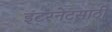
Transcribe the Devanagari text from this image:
इंटरनेटसाठी